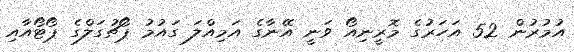
އުމުރުން 52 އަހަރުގެ މޮރީނިއޯ ވަނީ އޭނާގެ އަމިއްލަ ގައުމު ޕޯޗުގަލްގެ ޕޯޓޯއާއި